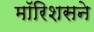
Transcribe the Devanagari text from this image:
मॉरिशसने